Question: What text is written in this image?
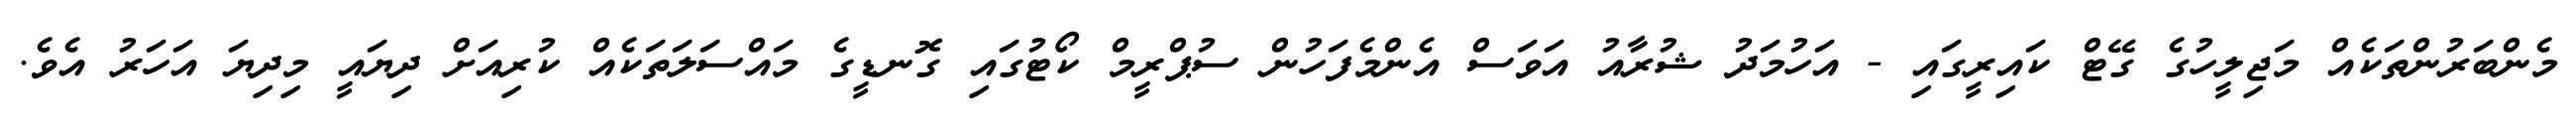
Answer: މެންބަރުންތަކެއް މަޖިލީހުގެ ގޭޓް ކައިރީގައި - އަހުމަދު ޝުރާއު އަވަސް އެންމެފަހުން ސުޕްރީމް ކޯޓުގައި ގޮނޑީގެ މައްސަލަތަކެއް ކުރިއަށް ދިޔައީ މިދިޔަ އަހަރު އެވެ.